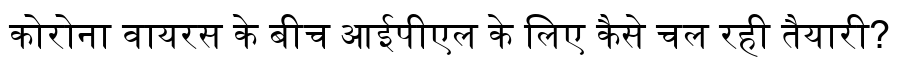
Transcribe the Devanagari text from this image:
कोरोना वायरस के बीच आईपीएल के लिए कैसे चल रही तैयारी?